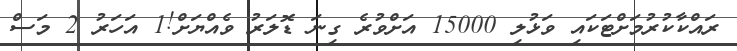
ރައްކާކުރުމަށްޓަކައި ވަޅުލި 15000 އަށްވުރެ ގިނަ ޑޮލަރު ވެއްޔަށް!1 އަހަރު 2 މަސް